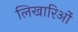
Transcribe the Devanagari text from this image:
लिखारिओं